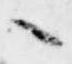
々